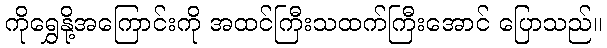
ကိုရွှေနို့အကြောင်းကို အထင်ကြီးသထက်ကြီးအောင် ပြောသည်။